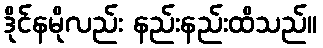
ဒိုင်နမိုလည်း နည်းနည်းထိသည်။